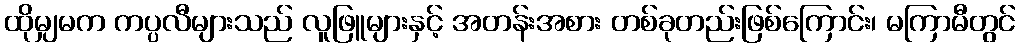
ထိုမျှမက ကပ္ပလီများသည် လူဖြူများနှင့် အတန်းအစား တစ်ခုတည်းဖြစ်ကြောင်း၊ မကြာမီတွင်